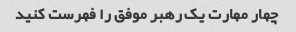
چهار مهارت یک رهبر موفق را فهرست کنید